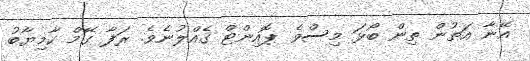
އޭނާ އަތުން ތިން ބޯޅަ މިސްވެ ޕޮއިންޓް ގެއްލުނެވެ. ރަފާ ގޭމް ކާމިޔާބު